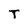
Character: T